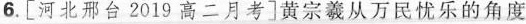
6. [ 河北邢台2019高二月考 ] 黄宗羲从万民忧乐的角度